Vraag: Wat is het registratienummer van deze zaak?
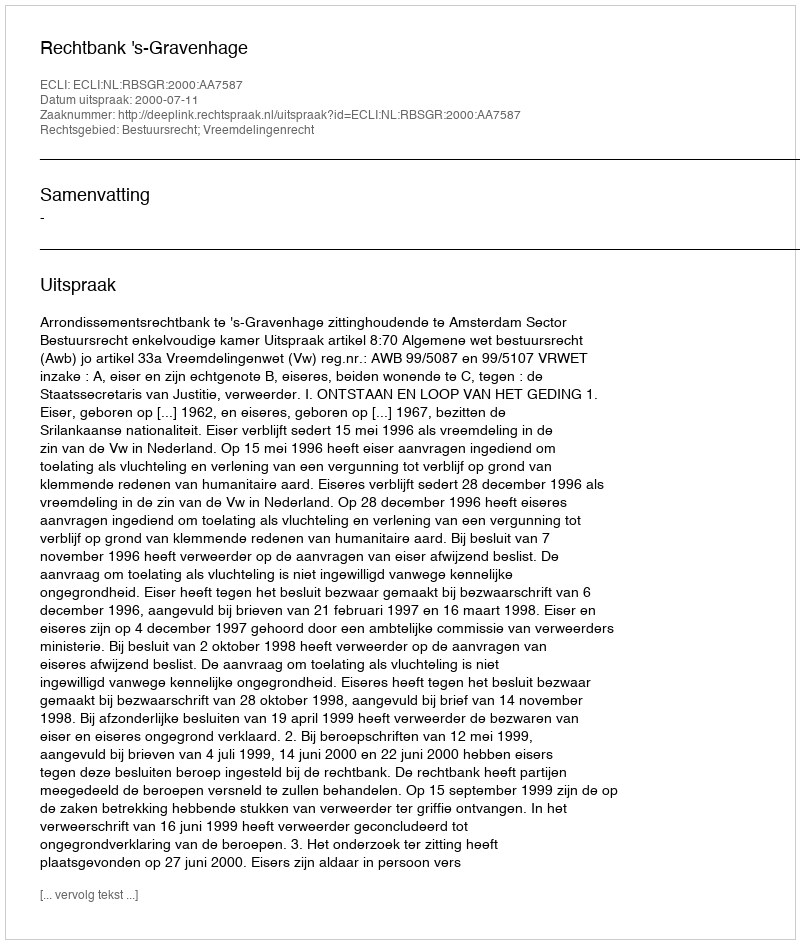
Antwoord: http://deeplink.rechtspraak.nl/uitspraak?id=ECLI:NL:RBSGR:2000:AA7587